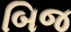
બિજ